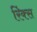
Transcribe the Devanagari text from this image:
रिंक्स